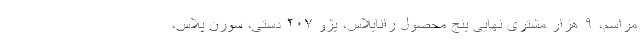
مراسم، ۹ هزار مشتری نهایی پنج محصول راناپلاس، پژو ۲۰۷ دستی، سورن پلاس،